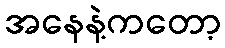
အနေနဲ့ကတော့